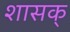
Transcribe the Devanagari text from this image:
शासक्